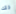
ذلك